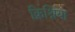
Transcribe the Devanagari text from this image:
क्रिश्निया